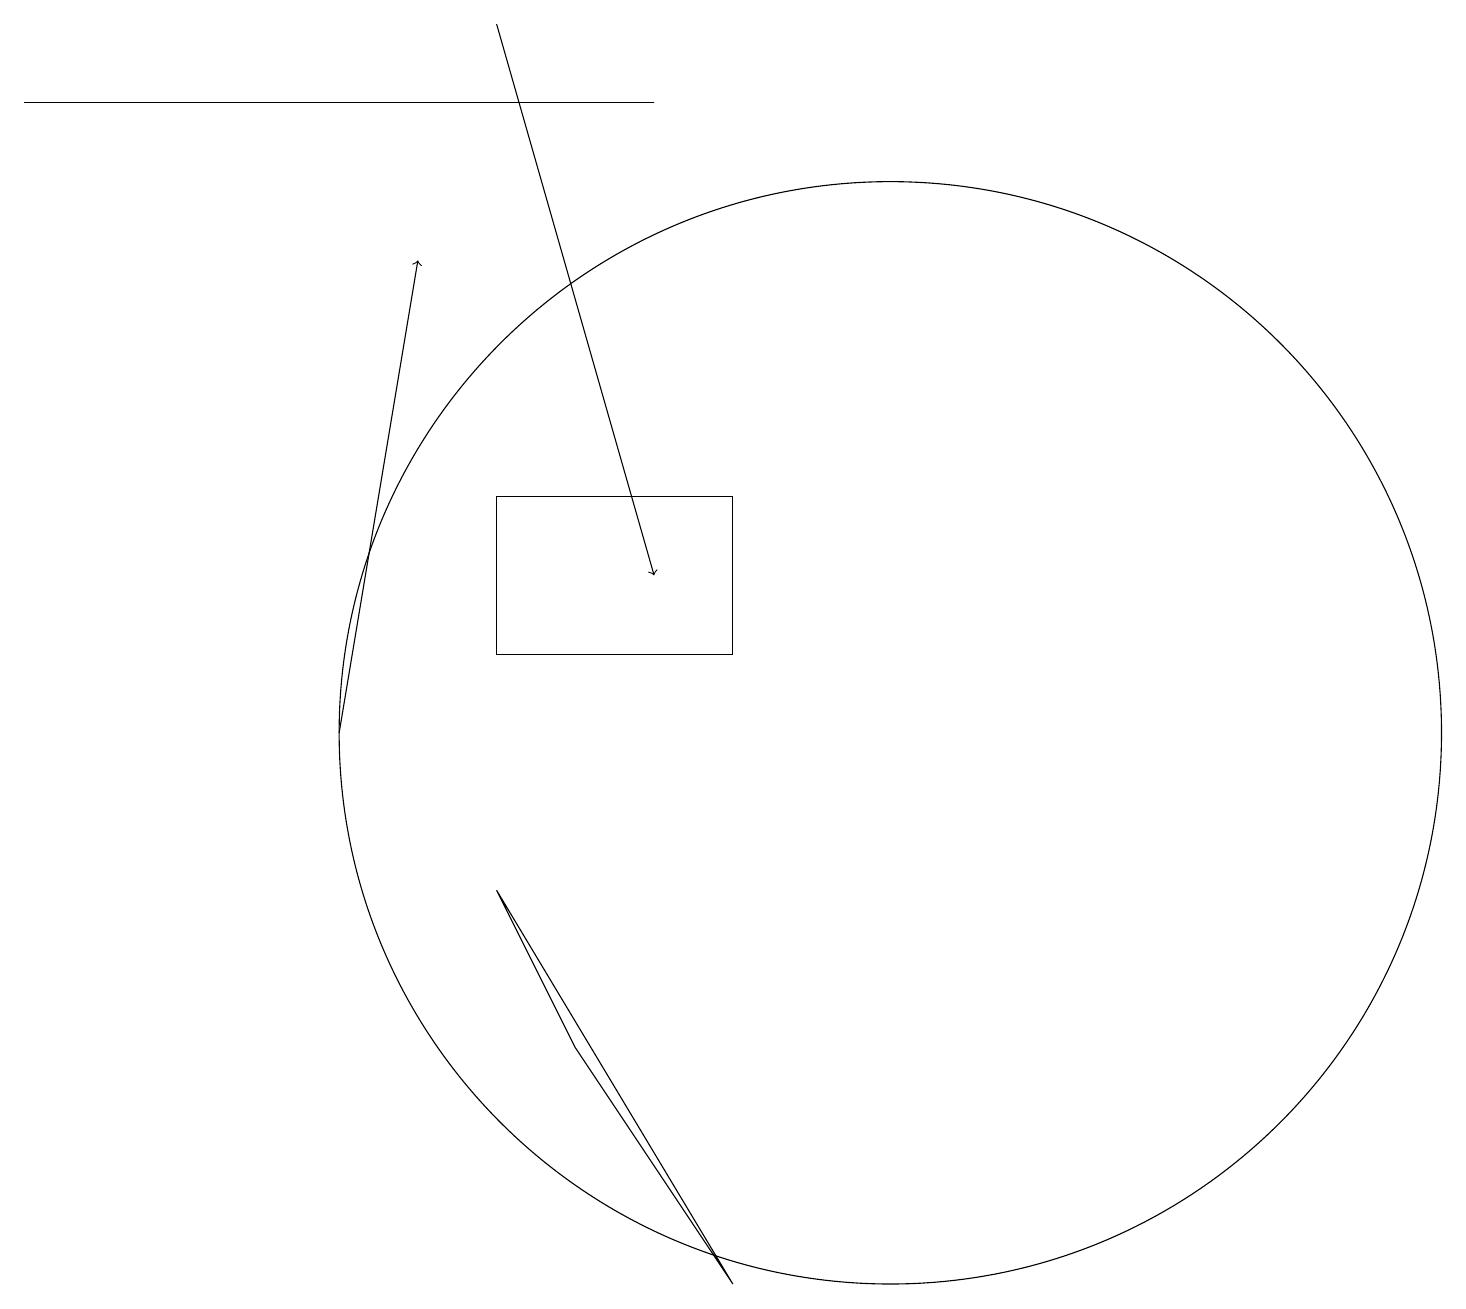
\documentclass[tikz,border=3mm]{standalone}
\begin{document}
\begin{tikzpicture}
\draw (8,18) rectangle (0,18);
\draw[->] (6,19) -- (8,12);
\draw (9,13) rectangle (6,11);
\draw (11,10) circle (0);
\draw (11,10) circle (7);
\draw[->] (4,10) -- (5,16);
\draw (9,3) -- (6,8) -- (7,6) -- cycle;
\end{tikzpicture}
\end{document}